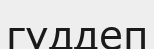
гүддеп